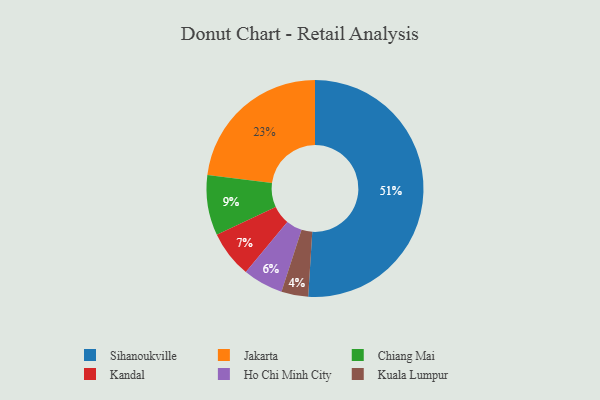
{"axis": {"x": "Category", "y": "Percentage"}, "legend": ["Chiang Mai", "Ho Chi Minh City", "Jakarta", "Kandal", "Kuala Lumpur", "Sihanoukville"], "data": [{"x": "Jakarta", "y": 23, "type": "Jakarta"}, {"x": "Chiang Mai", "y": 9, "type": "Chiang Mai"}, {"x": "Kandal", "y": 7, "type": "Kandal"}, {"x": "Ho Chi Minh City", "y": 6, "type": "Ho Chi Minh City"}, {"x": "Kuala Lumpur", "y": 4, "type": "Kuala Lumpur"}, {"x": "Sihanoukville", "y": 51, "type": "Sihanoukville"}]}